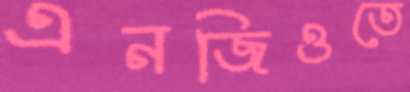
এনজিওতে